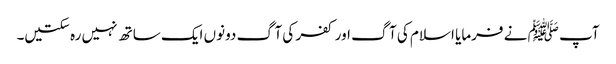
آپ ﷺ نے فرمایا اسلام کی آگ اور کفر کی آگ دونوں ایک ساتھ نہیں رہ سکتیں۔